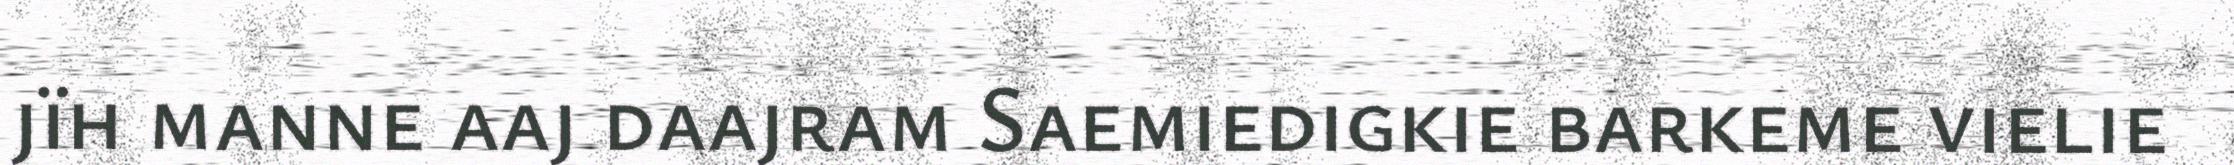
jïh manne aaj daajram Saemiedigkie barkeme vielie